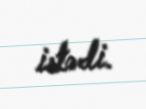
istədi.